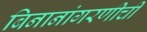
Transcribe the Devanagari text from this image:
बिनानांगरणीची